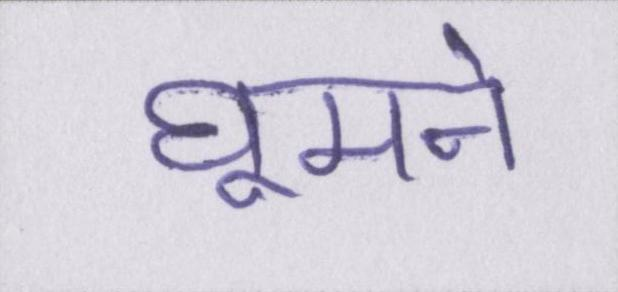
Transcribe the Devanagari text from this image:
घूमने